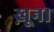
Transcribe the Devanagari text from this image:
ख़ून।